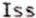
ISS